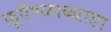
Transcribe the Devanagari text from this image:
फ़ूऍण्ळाब्ब्ऱाडा